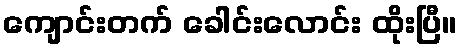
ကျောင်းတက် ခေါင်းလောင်း ထိုးပြီ။